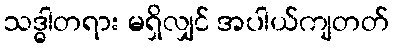
သဒ္ဓါတရား မရှိလျှင် အပါယ်ကျတတ်